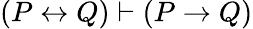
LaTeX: (P\leftrightarrow Q)\vdash(P\to Q)